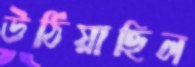
উঠিয়াছিল